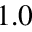
1 . 0